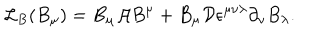
LaTeX: { \cal L } _ { B } ( B _ { \mu } ) = B _ { \mu } { \cal A } B ^ { \mu } + B _ { \mu } { \cal D } \epsilon ^ { \mu \nu \lambda } \partial _ { \nu } B _ { \lambda } .